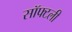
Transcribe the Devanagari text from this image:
सॉफ्टली